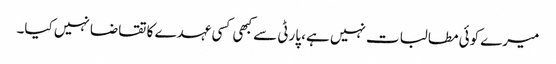
میرے کوئی مطالبات نہیں ہے، پارٹی سے کبھی کسی عہدے کا تقاضا نہیں کیا۔